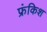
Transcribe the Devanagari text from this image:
फ्रंकिश